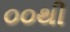
૦૦થી